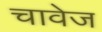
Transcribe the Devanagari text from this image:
चावेज